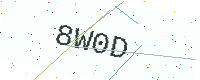
Text: 8W0D